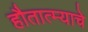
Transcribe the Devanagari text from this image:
हौतात्म्याचे